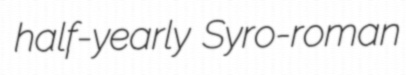
half-yearly Syro-roman